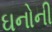
ઘનોની